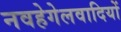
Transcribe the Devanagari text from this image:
नवहेगेलवादियों